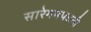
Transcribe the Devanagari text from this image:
सारेगमपधनी